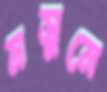
মসুমে